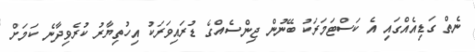
ނެތް ގަޑިއެއްގައި އެ ކަސްޓަމަރަކު ބޭނުން ޖިންސެއްގެ ޑުރައިވަރަކު އިހުތިޔާރު ކުރެވިދާނެ ކަމަށް